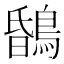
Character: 𪂆